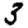
Digit: 3